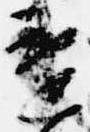
違